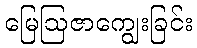
မြေဩဇာကျွေးခြင်း